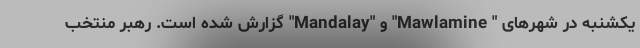
یکشنبه در شهرهای " Mawlamine" و "Mandalay" گزارش شده است. رهبر منتخب